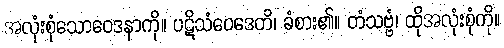
အလုံးစုံသောဝေဒနာကို။ ပဋိသံဝေဒေတိ၊ ခံစား၏။ တံသဗ္ဗံ၊ ထိုအလုံးစုံကို။